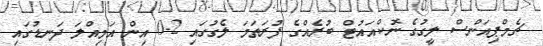
ޗެމްޕިއަންސް ލީގުގެ ނޮކްއައުޓް ބުރެއްގެ ފުރަތަމަ ލެގުގައި 2-0 އިން އަމިއްލަ ދަނޑުގައި